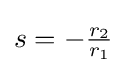
s=-{\tfrac {r_{2}}{r_{1}}}